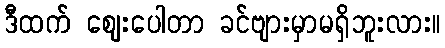
ဒီထက် ဈေးပေါတာ ခင်ဗျားမှာမရှိဘူးလား။